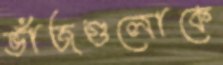
ভাঁজগুলোকে